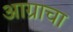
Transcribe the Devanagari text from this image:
आग्राचा